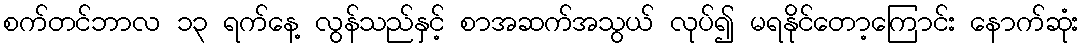
စက်တင်ဘာလ ၁၃ ရက်နေ့ လွန်သည်နှင့် စာအဆက်အသွယ် လုပ်၍ မရနိုင်တော့ကြောင်း နောက်ဆုံး